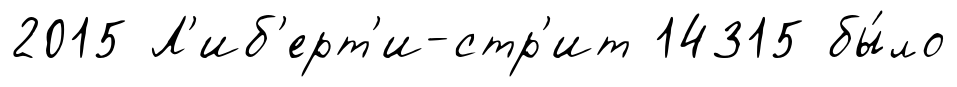
2015 Л'иб'ерт'и-стр'ит 14315 бы́ло